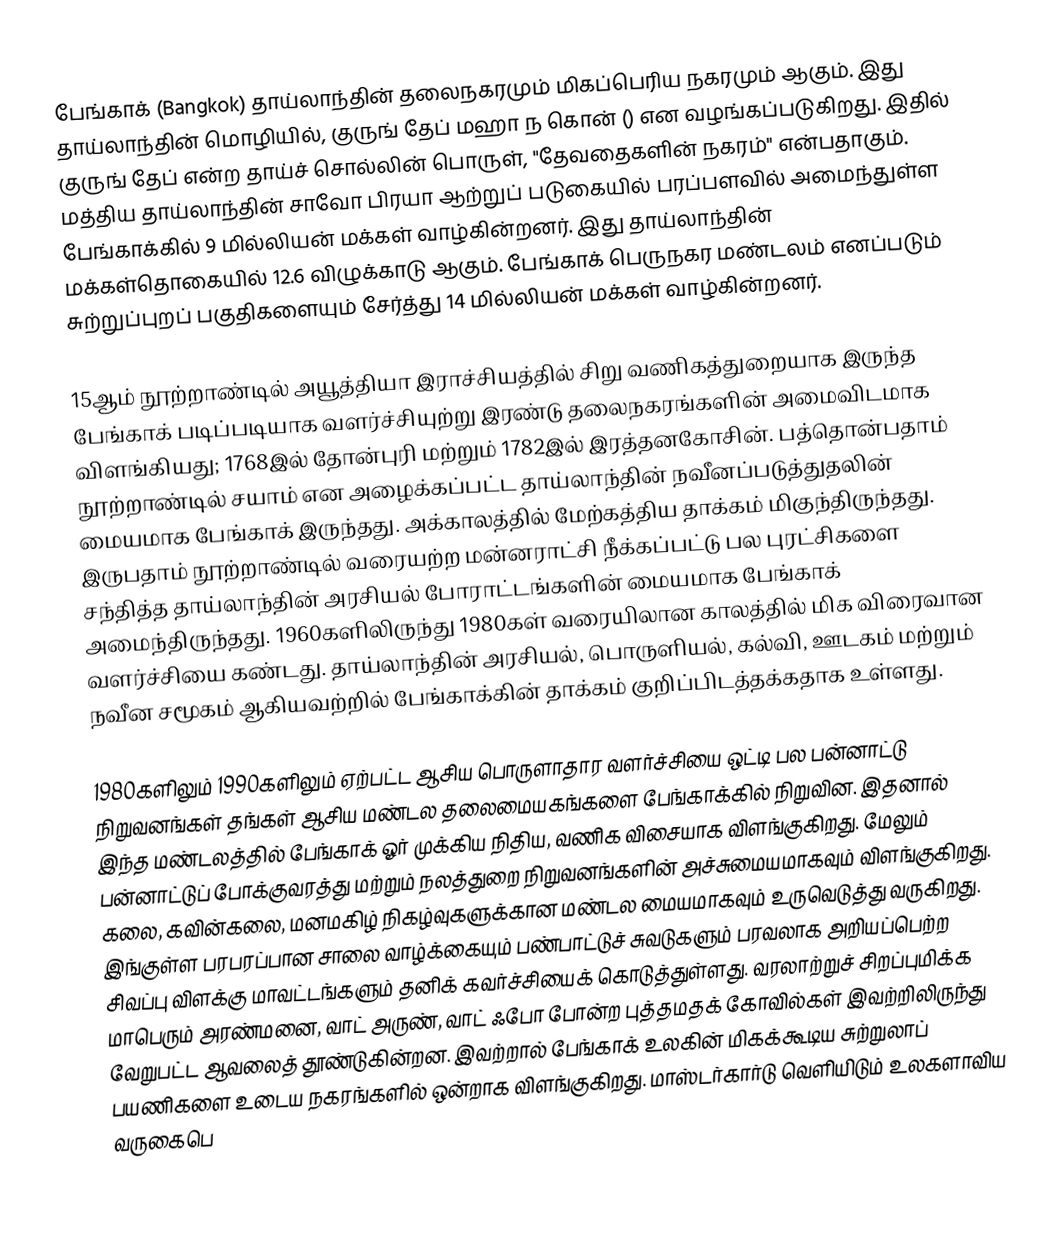
பேங்காக் (Bangkok) தாய்லாந்தின் தலைநகரமும் மிகப்பெரிய நகரமும் ஆகும். இது தாய்லாந்தின் மொழியில், குருங் தேப் மஹா ந கொன் () என வழங்கப்படுகிறது. இதில் குருங் தேப் என்ற தாய்ச் சொல்லின் பொருள், "தேவதைகளின் நகரம்" என்பதாகும். மத்திய தாய்லாந்தின் சாவோ பிரயா ஆற்றுப் படுகையில்  பரப்பளவில் அமைந்துள்ள பேங்காக்கில் 9 மில்லியன் மக்கள் வாழ்கின்றனர். இது தாய்லாந்தின் மக்கள்தொகையில் 12.6 விழுக்காடு ஆகும். பேங்காக் பெருநகர மண்டலம் எனப்படும் சுற்றுப்புறப் பகுதிகளையும் சேர்த்து 14 மில்லியன் மக்கள் வாழ்கின்றனர்.

15ஆம் நூற்றாண்டில் அயூத்தியா இராச்சியத்தில் சிறு வணிகத்துறையாக இருந்த பேங்காக் படிப்படியாக வளர்ச்சியுற்று இரண்டு தலைநகரங்களின் அமைவிடமாக விளங்கியது; 1768இல் தோன்புரி மற்றும் 1782இல் இரத்தனகோசின். பத்தொன்பதாம் நூற்றாண்டில் சயாம் என அழைக்கப்பட்ட தாய்லாந்தின் நவீனப்படுத்துதலின் மையமாக பேங்காக் இருந்தது. அக்காலத்தில் மேற்கத்திய தாக்கம் மிகுந்திருந்தது. இருபதாம் நூற்றாண்டில் வரையற்ற மன்னராட்சி நீக்கப்பட்டு பல புரட்சிகளை சந்தித்த தாய்லாந்தின் அரசியல் போராட்டங்களின் மையமாக பேங்காக் அமைந்திருந்தது. 1960களிலிருந்து 1980கள் வரையிலான காலத்தில் மிக விரைவான வளர்ச்சியை கண்டது. தாய்லாந்தின் அரசியல், பொருளியல், கல்வி, ஊடகம் மற்றும் நவீன சமூகம் ஆகியவற்றில் பேங்காக்கின் தாக்கம் குறிப்பிடத்தக்கதாக உள்ளது.

1980களிலும் 1990களிலும் ஏற்பட்ட ஆசிய பொருளாதார வளர்ச்சியை ஒட்டி பல பன்னாட்டு நிறுவனங்கள் தங்கள் ஆசிய மண்டல தலைமையகங்களை பேங்காக்கில் நிறுவின. இதனால் இந்த மண்டலத்தில் பேங்காக் ஓர் முக்கிய நிதிய, வணிக விசையாக விளங்குகிறது. மேலும் பன்னாட்டுப் போக்குவரத்து மற்றும் நலத்துறை நிறுவனங்களின் அச்சுமையமாகவும் விளங்குகிறது. கலை, கவின்கலை, மனமகிழ் நிகழ்வுகளுக்கான மண்டல மையமாகவும் உருவெடுத்து வருகிறது. இங்குள்ள பரபரப்பான சாலை வாழ்க்கையும் பண்பாட்டுச் சுவடுகளும் பரவலாக அறியப்பெற்ற சிவப்பு விளக்கு மாவட்டங்களும் தனிக் கவர்ச்சியைக் கொடுத்துள்ளது. வரலாற்றுச் சிறப்புமிக்க மாபெரும் அரண்மனை, வாட் அருண், வாட் ஃபோ போன்ற புத்தமதக் கோவில்கள்  இவற்றிலிருந்து வேறுபட்ட ஆவலைத் தூண்டுகின்றன.  இவற்றால் பேங்காக் உலகின் மிகக்கூடிய சுற்றுலாப் பயணிகளை உடைய நகரங்களில் ஒன்றாக விளங்குகிறது. மாஸ்டர்கார்டு வெளியிடும் உலகளாவிய வருகைபெ